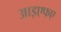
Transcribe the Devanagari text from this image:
आइएफए